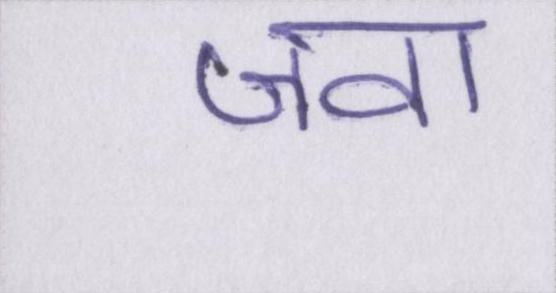
जवां